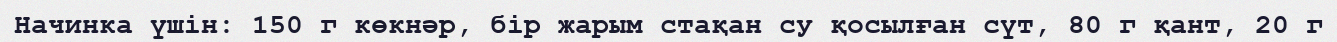
Начинка үшін: 150 г көкнәр, бір жарым стақан су қосылған сүт, 80 г қант, 20 г